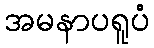
အမနာပရူပံ